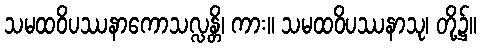
သမထဝိပဿနာကောသလ္လန္တိ၊ ကား။ သမထဝိပဿနာသု၊ တို့၌။